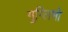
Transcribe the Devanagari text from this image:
गुग्लिमो